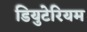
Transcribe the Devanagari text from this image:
डियुटेरियम